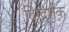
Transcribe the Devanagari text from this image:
दिग्‍दर्शक